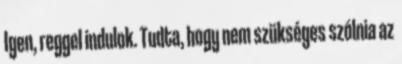
Igen, reggel indulok. Tudta, hogy nem szükséges szólnia az